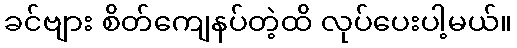
ခင်ဗျား စိတ်ကျေနပ်တဲ့ထိ လုပ်ပေးပါ့မယ်။